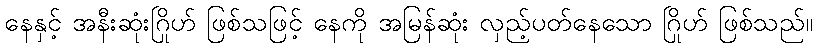
နေနှင့် အနီးဆုံးဂြိုဟ် ဖြစ်သဖြင့် နေကို အမြန်ဆုံး လှည့်ပတ်နေသော ဂြိုဟ် ဖြစ်သည်။